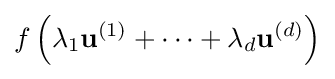
f\left(\lambda _{1}\mathbf {u} ^{(1)}+\cdots +\lambda _{d}\mathbf {u} ^{(d)}\right)